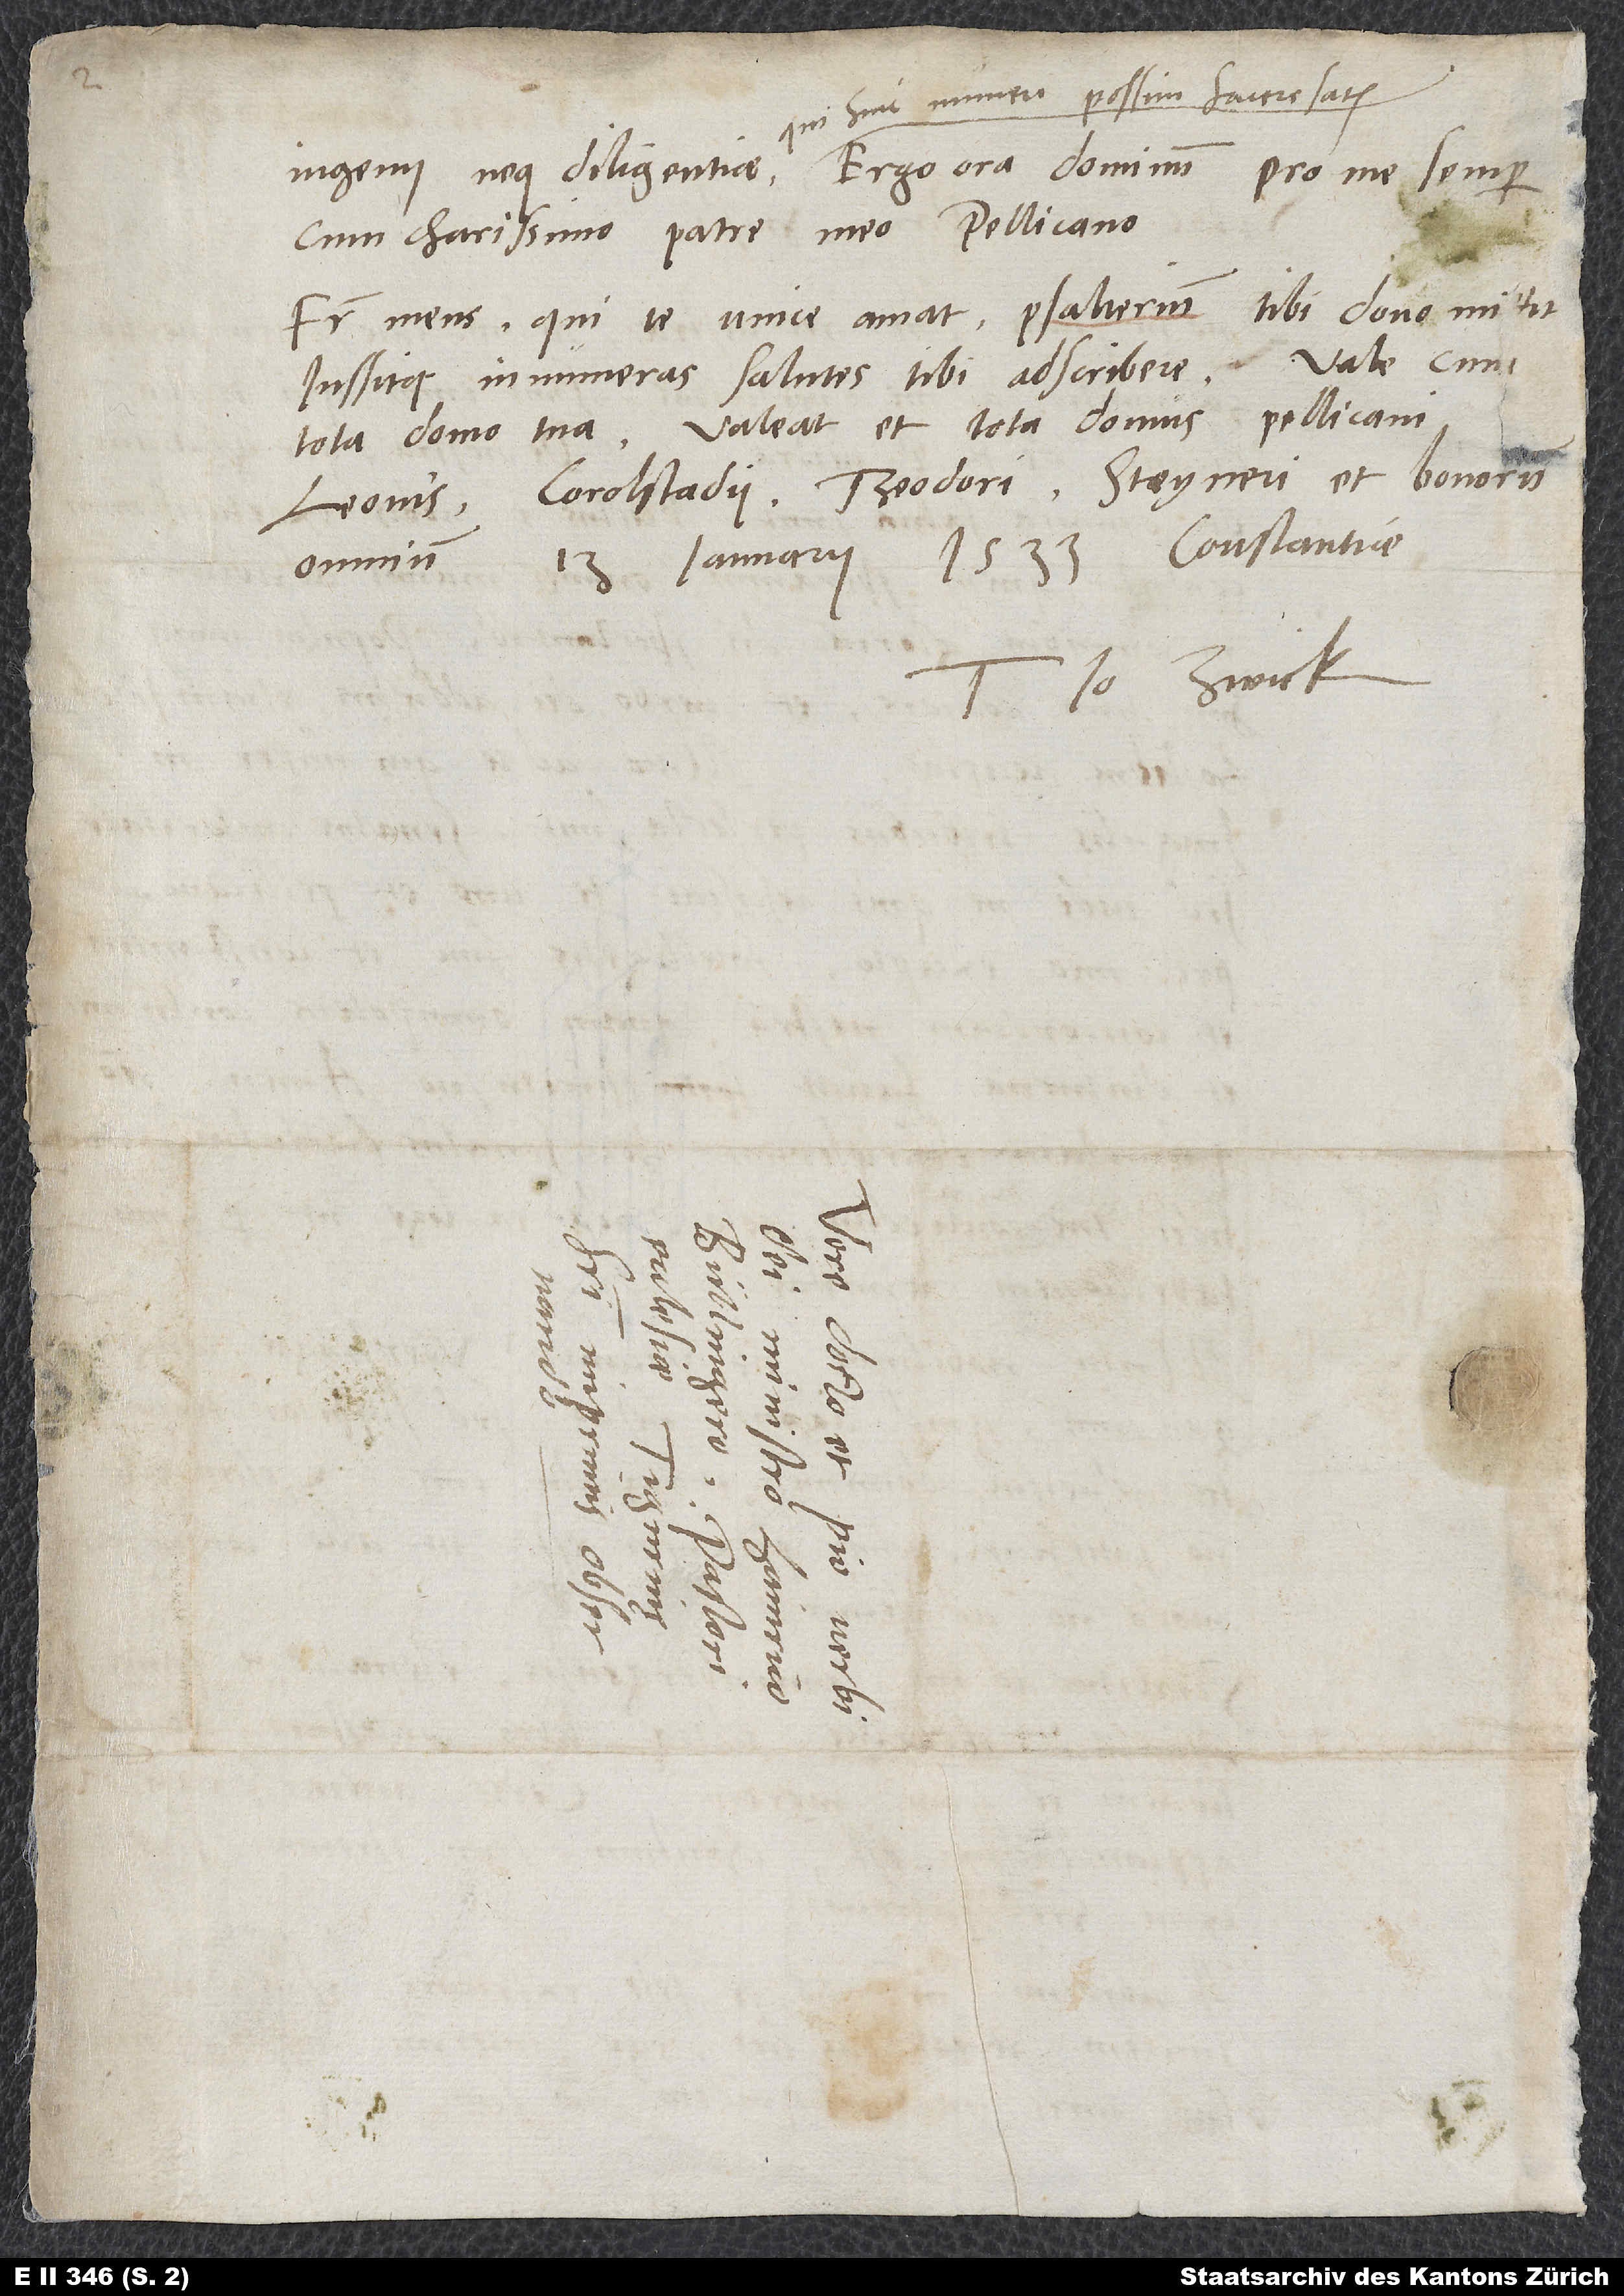
qui huic muneri possim facere satis.
cum charissimo patre meo Pellicano.
Frater meus, qui te unice amat, psalterium tibi dono mittit
iussitque innumeras salutes tibi adscribere. Vale cum
tota domo tua. Valeat et tota domus Pellicani,
Leonis, Corolstadii , Theodori, Steyneri et bonorum
13. ianuarii 1533, Constantiae.
Tuus Io. Zwick.